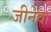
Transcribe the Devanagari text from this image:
जीनेवा